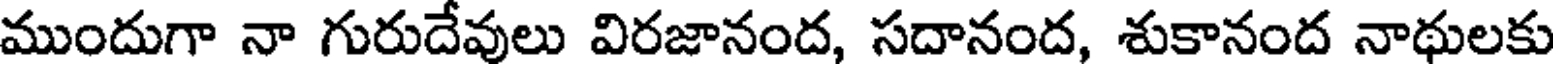
ముందుగా నా గురుదేవులు విరజానంద, సదానంద, శుకానంద నాథులకు